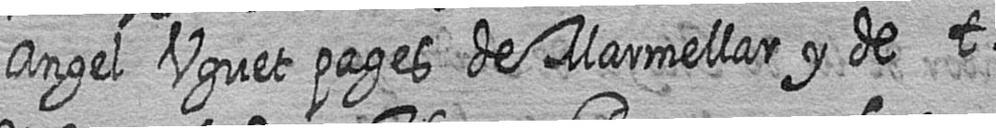
Angel Uguet pages de Marmellar y de t